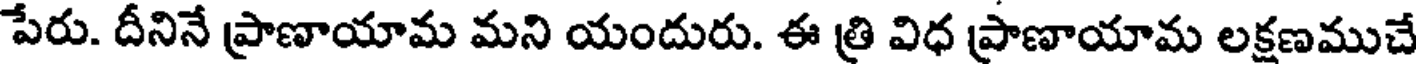
పేరు. దీనినే ప్రాణాయామ మని యందురు. ఈ త్రి విధ ప్రాణాయామ లక్షణముచే